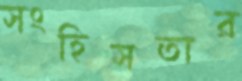
সংহিসতার